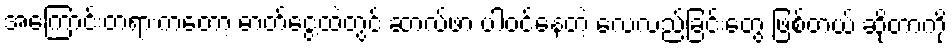
အကြောင်းတရားကတော့ ဓာတ်ငွေ့ထဲတွင် ဆာလ်ဖာ ပါဝင်နေတဲ့ လေလည်ခြင်းတွေ ဖြစ်တယ် ဆိုတာကို